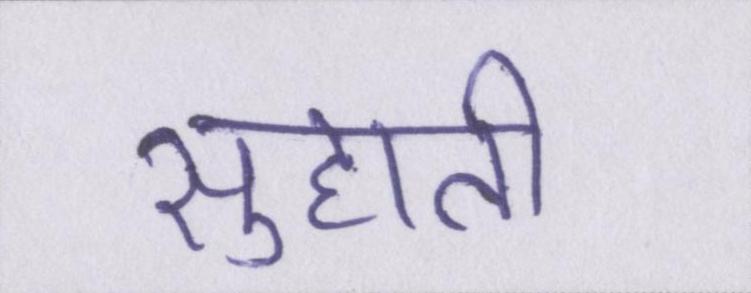
सुहाती